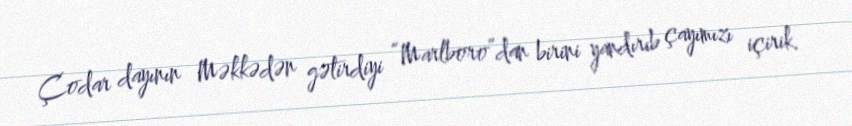
Çodar dayının Məkkədən gətirdiyi “Marlboro”dan birini yandırıb çayımızı içirik.